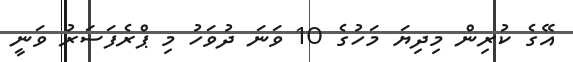
އޭގެ ކުރިން މިދިޔަ މަހުގެ 10 ވަނަ ދުވަހު މި ޕްރެފަސަރު ވަނީ